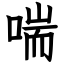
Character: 喘